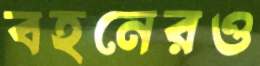
বহনেরও